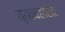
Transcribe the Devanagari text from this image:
व्यावहारतः